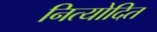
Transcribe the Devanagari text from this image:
नित्योदित